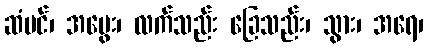
ဆံပင်၊ အမွေး၊ လက်သည်း ခြေသည်း၊ သွား၊ အရေ၊